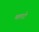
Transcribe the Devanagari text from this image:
मलाटे